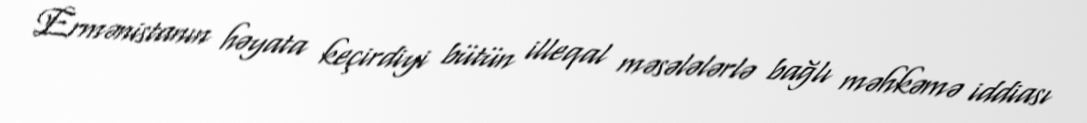
Ermənistanın həyata keçirdiyi bütün illeqal məsələlərlə bağlı məhkəmə iddiası